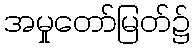
အမှုတော်မြတ်၌